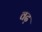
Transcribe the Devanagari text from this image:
वढ़